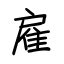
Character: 雇